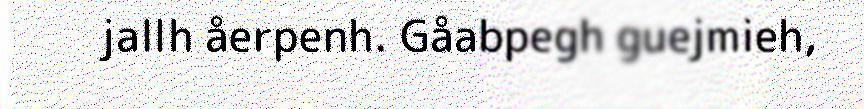
jallh åerpenh. Gåabpegh guejmieh,